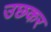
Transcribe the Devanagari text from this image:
उछकर